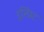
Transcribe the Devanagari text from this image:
इस्प्रिंट